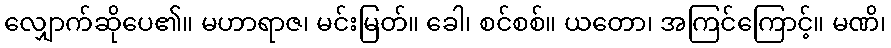
လျှောက်ဆိုပေ၏။ မဟာရာဇ၊ မင်းမြတ်။ ခေါ၊ စင်စစ်။ ယတော၊ အကြင်ကြောင့်။ မဏိ၊